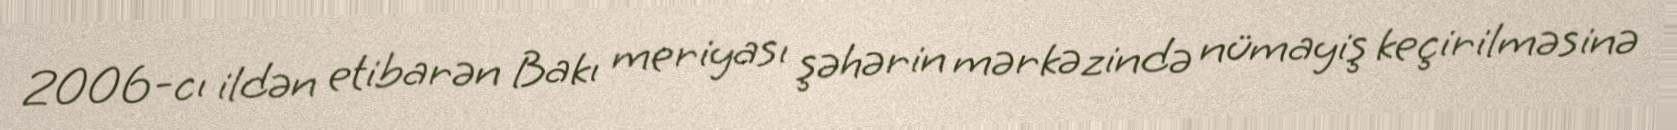
2006-cı ildən etibarən Bakı meriyası şəhərin mərkəzində nümayiş keçirilməsinə